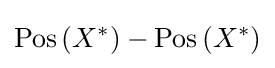
\operatorname {Pos} \left(X^{*}\right)-\operatorname {Pos} \left(X^{*}\right)